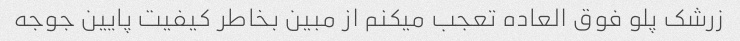
زرشک پلو فوق العاده تعجب میکنم از مبین بخاطر کیفیت پایین جوجه